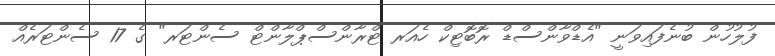
ފުލުހުން ބުނެފައިވަނީ "އެޑްވާންސްޑް ރޮބޮޓިކް ހެއަރ ޓްރާންސްޕްލާންޓް ސެންޓަރ" ގެ 17 ސެންޓަރެއް